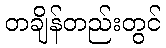
တချိန်တည်းတွင်